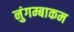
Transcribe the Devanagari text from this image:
नुंगम्बाकम